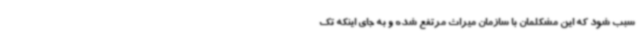
سبب شود که این مشکلمان با سازمان میراث مرتفع شده و به جای اینکه تک